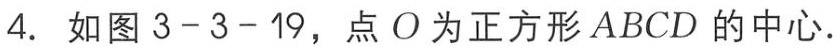
4. 如图3 - 3 - 19，点\(O\)为正方形\(ABCD\)的中心.